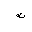
Letter: _tha